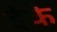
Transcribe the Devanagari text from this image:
ईके